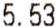
5.53